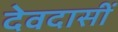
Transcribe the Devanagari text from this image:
देवदासीं